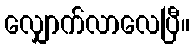
လျှောက်လာလေပြီ။